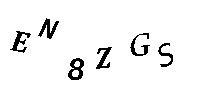
EN8ZGS